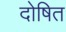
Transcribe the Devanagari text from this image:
दोषित